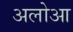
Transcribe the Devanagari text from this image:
अलोआ